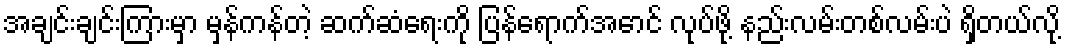
အချင်းချင်းကြားမှာ မှန်ကန်တဲ့ ဆက်ဆံရေးကို ပြန်ရောက်အောင် လုပ်ဖို့ နည်းလမ်းတစ်လမ်းပဲ ရှိတယ်လို့